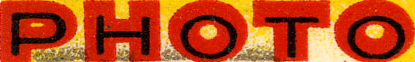
PHOTO